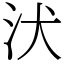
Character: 汱